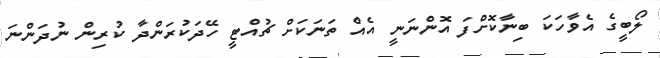
ލޯބީގެ އެވާހަކަ ބިނާކޮށްފަ އޮންނަނީ އެއް ތަނަކަށް ޗުއްޓީ ހޭދަކުރަންދާ ކުރިން ނުދަންނަ